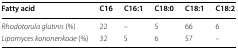
<table><thead><tr><td><b>Fatty acid</b></td><td><b>C16</b></td><td><b>C16:1</b></td><td><b>C18:0</b></td><td><b>C18:1</b></td><td><b>C18:2</b></td></tr></thead><tbody><tr><td><i>Rhodotorula glutinis</i> (%)</td><td>22</td><td>–</td><td>5</td><td>66</td><td>6</td></tr><tr><td><i>Lipomyces kononenkoae</i> (%)</td><td>32</td><td>5</td><td>6</td><td>57</td><td>–</td></tr></tbody></table>